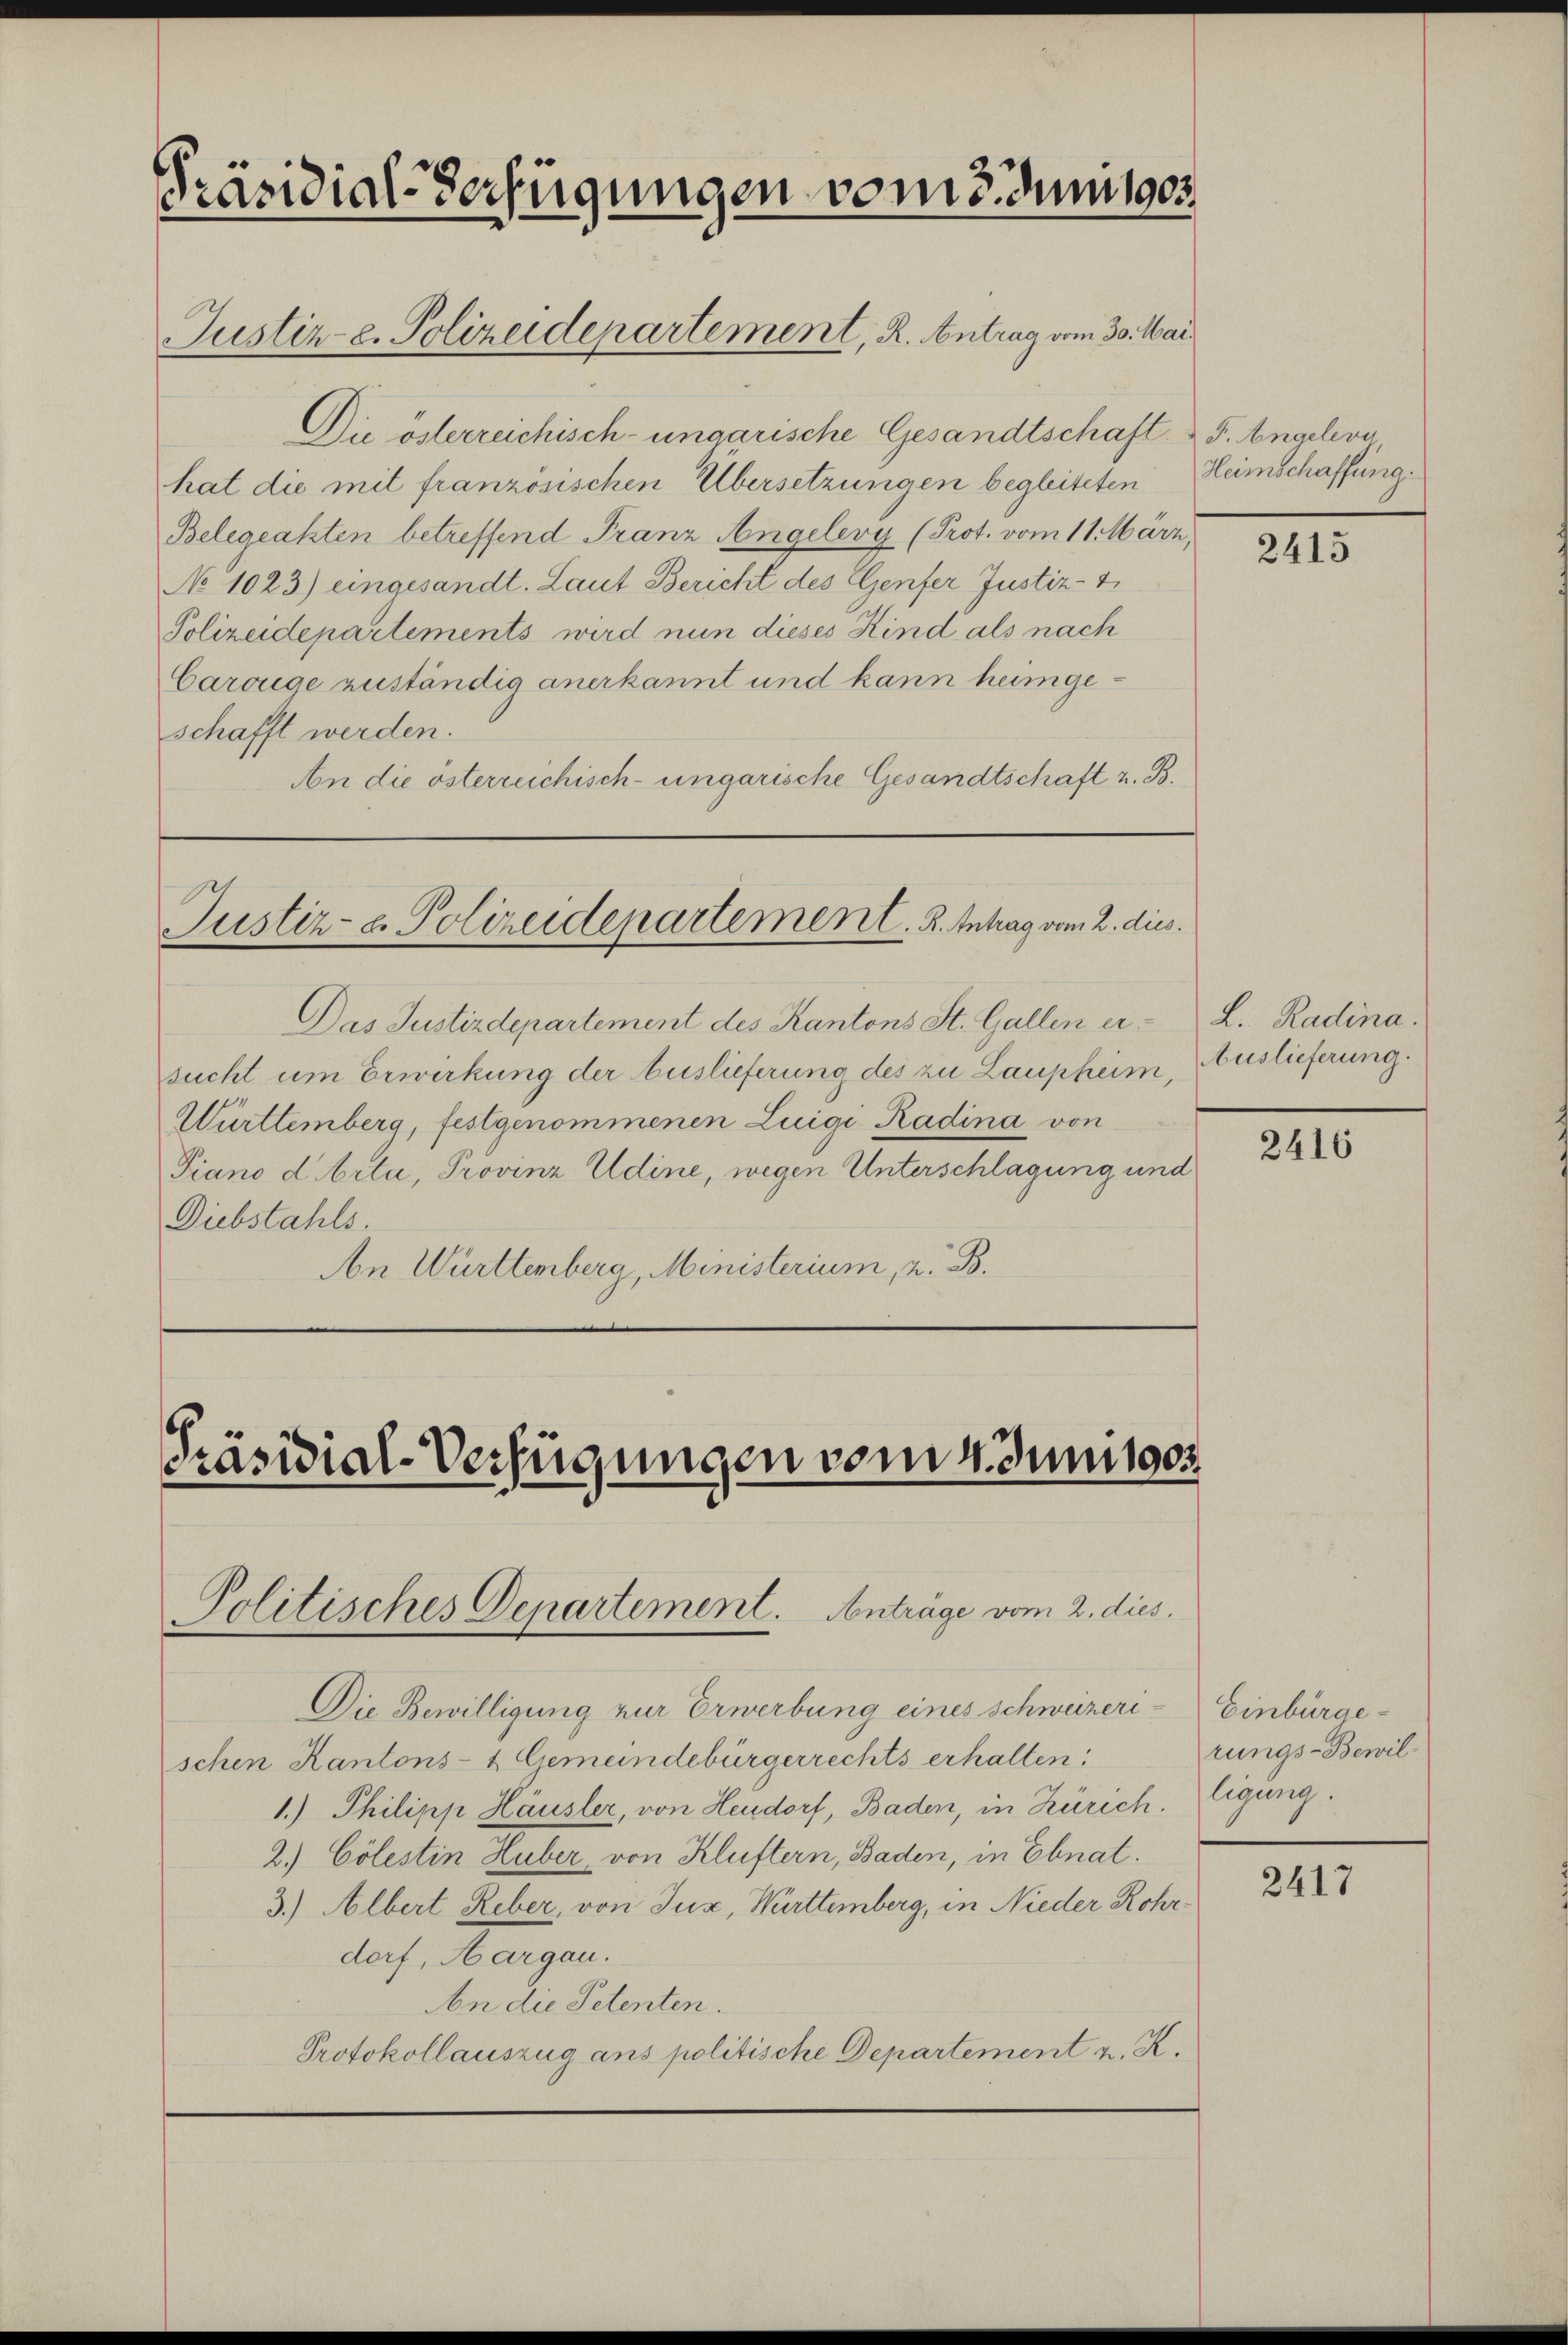
Präsidial-Verfügungen vom 3. Juni 1905.
Justiz-C. Polizeidepartement, R. Antrag vom 30. Mai

.
Die österreichisch-ungarische Gesandtschaft F. Angeleva
hat die mit französischen Übersetzungen begleiteten
Belegeakten betreffend Franz Angelery (Prot. vom 11. März,
No 1023) eingesandt. Laut Bericht des Genfer Justiz-
Polizeidepartements wird nun dieses Kind als nach
Carouge zuständig anerkannt und kann heimgeschafft werden.
An die österreichisch-ungarische Gesandtschaft z. B.

Das Justizdepartement des Kantons St. Gallen ersucht um Erwirkung der Auslieferung des zu Laupheim Auslieferung.
Württemberg, festgenommenen Luigi Radina von
Piano d Arta, Provinz Udine, wegen Unterschlagung und
Diebstahls.
An Württemberg, Ministerium, z. B.

Justiz- & Polizeidepartement. R. Intrag vom 2. dies.

Präsidial-Verfügungen vom 4. Juni 1903
Politisches Departement. Antrage vom 2. dies

Die Bewilligung zur Erwerbung eines Schweizerischen Kantons- & Gemeindebürgerrechts erhalten.
1.) Philipp Häusler, von Heudorf, Baden, in Zürich. Eigung.
2.) Cölestin Huber von Kluftern, Baden, in Ebnat.
3.) Albert Reber, von Jux, Württemberg, in Nieder Rohrdorf, Aargau.
An die Petenten.
Protokollauszug ans politische Departement z. K.

Heimschaffung.

2415

L. Radina.

2416

Einbürge
rungs-Bewil¬

2417